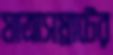
যাত্রাসম্রাটের